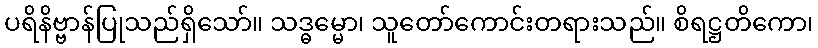
ပရိနိဗ္ဗာန်ပြုသည်ရှိသော်။ သဒ္ဓမ္မော၊ သူတော်ကောင်းတရားသည်။ စိရဋ္ဌတိကော၊